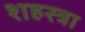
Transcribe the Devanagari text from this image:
शहस्त्रा